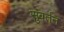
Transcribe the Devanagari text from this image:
सुवर्तन